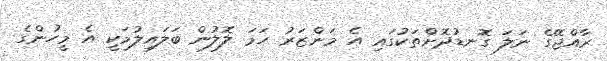
ރާއްޖޭގެ ނަލަ ގޮނޑުދޮށްތަކުގައި އެ މަންޒަރު ހަމަ ލޮލުން ބަލައިލުމަކީ އެ މީހުންގެ